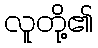
လူတို့၏